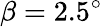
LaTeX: \beta=2.5^{\circ}